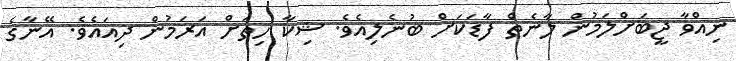
ނިއްވާ ޖީބަށްލަމުން ލާނެތް ފާޑަކަށް ބުނެލިއެވެ. ޝިކާ ހިތަށް އަރަމުން ދިއައެވެ. އޭނާގެ